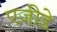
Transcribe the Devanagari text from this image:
एजीडे